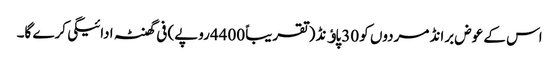
اس کے عوض برانڈ مردوں کو 30پاﺅنڈ (تقریباً 4400روپے) فی گھنٹہ ادائیگی کرے گا۔